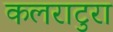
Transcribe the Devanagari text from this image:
कलराटुरा